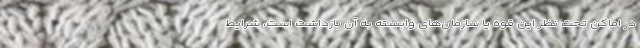
در اماکن تحت نظر این قوه یا سازمان‌های وابسته به آن بازداشت است، شرایط